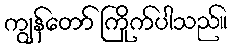
ကျွန်တော် ကြိုက်ပါသည်။